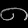
Digit: ၈